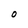
Character: 0